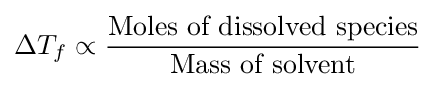
\Delta T_{f}\propto {\frac {\text{Moles of dissolved species}}{\text{Mass of solvent}}}